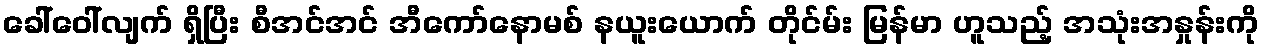
ခေါ်ဝေါ်လျက် ရှိပြီး စီအင်အင် အီကော်နောမစ် နယူးယောက် တိုင်မ်း မြန်မာ ဟူသည့် အသုံးအနှုန်းကို